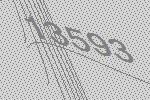
13593